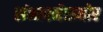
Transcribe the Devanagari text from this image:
संभावनेसमोर